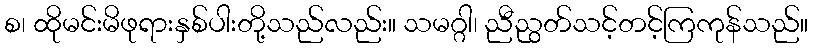
စ၊ ထိုမင်းမိဖုရားနှစ်ပါးတို့သည်လည်း။ သမဂ္ဂါ၊ ညီညွတ်သင့်တင့်ကြကုန်သည်။